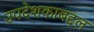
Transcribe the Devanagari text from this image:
उपदेशकाबद्दल